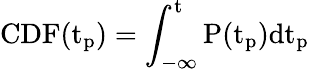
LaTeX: \mathrm{{CDF}(t_{p})=\int_{-\infty}^{t}{P(t_{p})dt_{p}}\, }